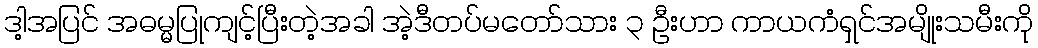
ဒါ့အပြင် အဓမ္မပြုကျင့်ပြီးတဲ့အခါ အဲ့ဒီတပ်မတော်သား ၃ ဦးဟာ ကာယကံရှင်အမျိုးသမီးကို